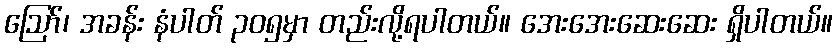
ဪ၊ အခန်း နံပါတ် ၃၀၅မှာ တည်းလို့ရပါတယ်။ အေးအေးဆေးဆေး ရှိပါတယ်။